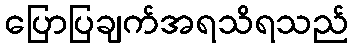
ပြောပြချက်အရသိရသည်